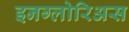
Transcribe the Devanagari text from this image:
इनग्लोरिअस